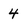
Character: 4